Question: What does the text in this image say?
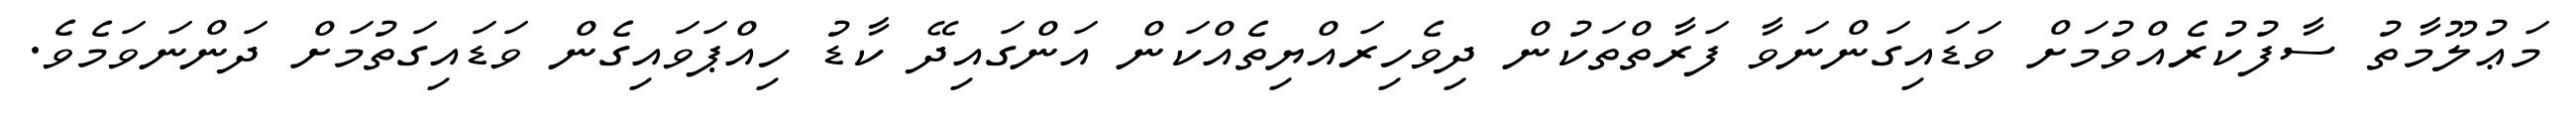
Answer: މަޢުލޫމާތު ސާފުކުރެއްވުމަށް ވަޑައިގަންނަވާ ފަރާތްތަކުން ދިވެހިރައްޔިތެއްކަން އަންގައިދޭ ކާޑު ހިއްޕަވައިގެން ވަޑައިގަތުމަށް ދަންނަވަމެވެ.